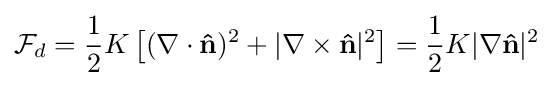
{\mathcal {F}}_{d}={\frac {1}{2}}K\left[(\nabla \cdot \mathbf {\hat {n}} )^{2}+|\nabla \times \mathbf {\hat {n}} |^{2}\right]={\frac {1}{2}}K|\nabla \mathbf {\hat {n}} |^{2}